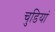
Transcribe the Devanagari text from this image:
चुडियां